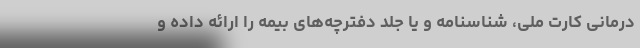
درمانی کارت ملی، شناسنامه و یا جلد دفترچه‌های بیمه را ارائه داده و